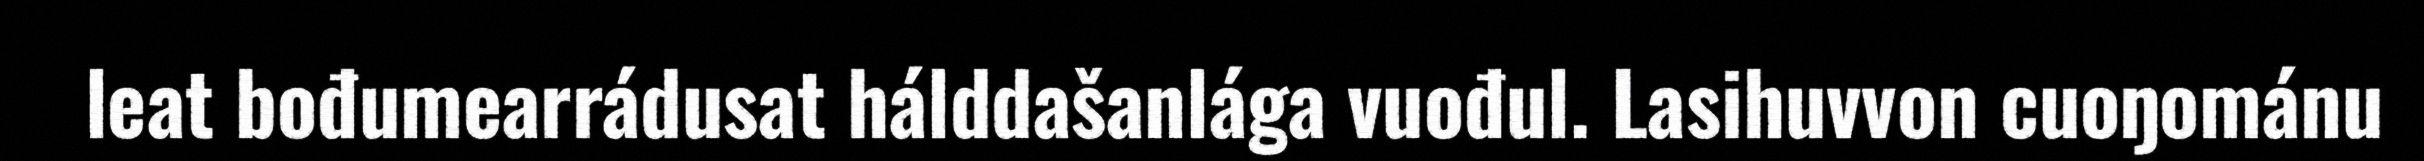
leat bođumearrádusat hálddašanlága vuođul. Lasihuvvon cuoŋománu